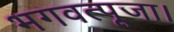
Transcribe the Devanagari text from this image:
भगवत्पूजा।